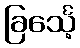
ခြင်္သေ့